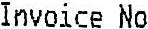
INVOICE NO